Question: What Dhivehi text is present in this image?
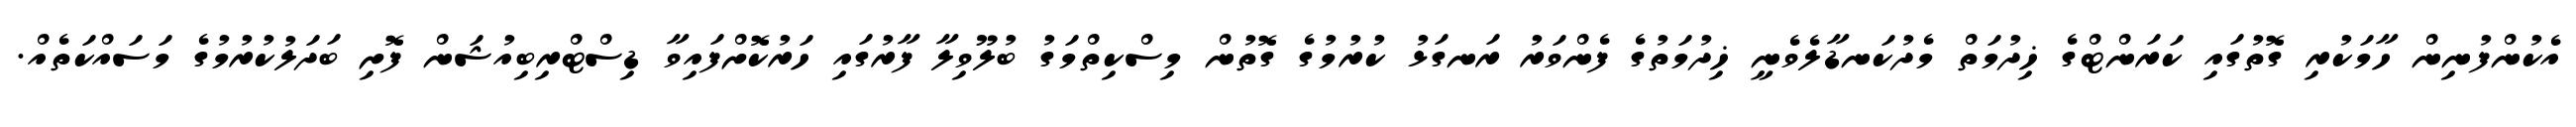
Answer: އެކުންފުނިން ހާމަކުރި ގޮތުގައި ކަރަންޓްގެ ޚިދުމަތް މެދުކަނޑާލެވެނީ ޚިދުމަތުގެ ފެންވަރު ރަނގަޅު ކުރުމުގެ ގޮތުން މިސްކިތްމަގު ބުލޫވިލާ ފާރުގައި ހަރުކޮށްފައިވާ ޑިސްޓްރިބިއުޝަން ފޮށި ބަދަލުކުރުމުގެ މަސައްކަތެއް.